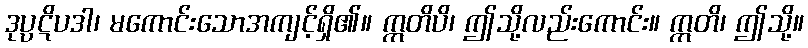
ဒုပ္ပဋိပဒါ၊ မကောင်းသောအကျင့်ရှိ၏။ ဣတိပိ၊ ဤသို့လည်းကောင်း။ ဣတိ၊ ဤသို့။